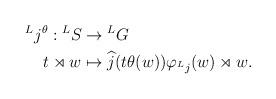
LaTeX: \begin{align*}\begin{aligned}\prescript{L}{}{j}^{\theta}:\prescript{L}{}{S}&\rightarrow \prescript{L}{}{G}\\t\rtimes w&\mapsto \widehat{j}(t\theta(w))\varphi_{\prescript{L}{}{j}}(w)\rtimes w.\end{aligned}\end{align*}